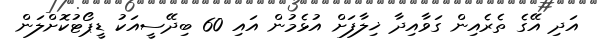
އަދި އޭގެ ތެރެއިން ގަވާއިދާ ޚިލާފަށް އުޅެމުން އައި 60 ބިދޭސީއަކު ޑީޕޯޓުކޮށްލަން